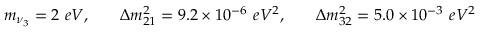
\begin{array} { c c c } { { m _ { \nu _ { 3 } } = 2 \ e V , \quad } } & { { \Delta m _ { 2 1 } ^ { 2 } = 9 . 2 \times 1 0 ^ { - 6 \ } e V ^ { 2 } , \quad } } & { { \Delta m _ { 3 2 } ^ { 2 } = 5 . 0 \times 1 0 ^ { - 3 } \ e V ^ { 2 } } } \end{array}